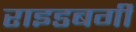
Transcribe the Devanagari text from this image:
राइडबर्गी